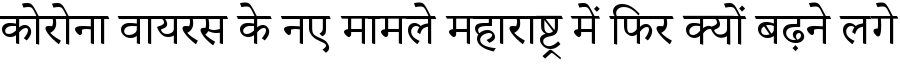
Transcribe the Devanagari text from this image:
कोरोना वायरस के नए मामले महाराष्ट्र में फिर क्यों बढ़ने लगे